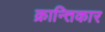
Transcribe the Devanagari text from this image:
क्रान्तिकार